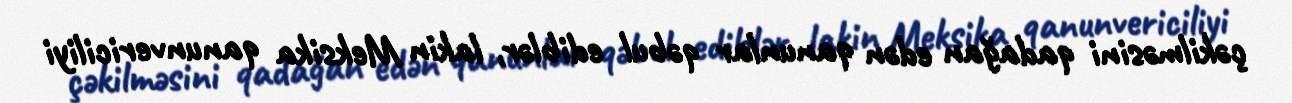
çəkilməsini qadağan edən qanunlar qəbul ediblər, lakin Meksika qanunvericiliyi